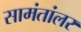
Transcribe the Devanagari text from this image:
सामंतांलर